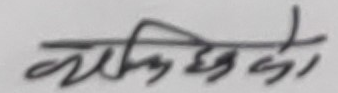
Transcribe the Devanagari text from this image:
क्यालिछेको